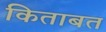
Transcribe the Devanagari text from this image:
किताबत